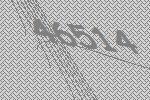
46514